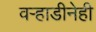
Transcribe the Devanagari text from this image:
वऱ्हाडीनेही